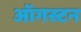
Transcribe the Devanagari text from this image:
ऑगस्टन